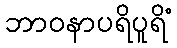
ဘာဝနာပရိပူရိံ